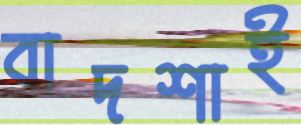
বাদশাই